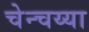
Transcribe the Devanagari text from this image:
चेन्चय्या